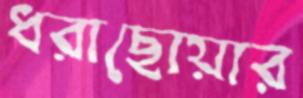
ধরাছোয়ার